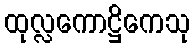
ထုလ္လကောဋ္ဌိကေသု